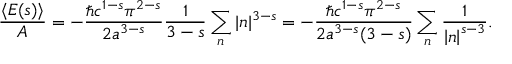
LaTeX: { \frac { \langle E ( s ) \rangle } { A } } = - { \frac { \hbar c ^ { 1 - s } \pi ^ { 2 - s } } { 2 a ^ { 3 - s } } } { \frac { 1 } { 3 - s } } \sum _ { n } \vert n \vert ^ { 3 - s } = - { \frac { \hbar c ^ { 1 - s } \pi ^ { 2 - s } } { 2 a ^ { 3 - s } ( 3 - s ) } } \sum _ { n } { \frac { 1 } { \left| n \right| ^ { s - 3 } } } .